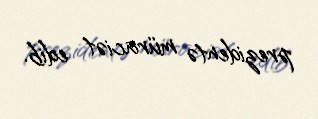
prezidentə müraciət edib.